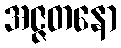
အဇ္ဇတနော